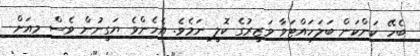
ބެހޭ ކަންކަން ބަލަހައްޓަވާ ވަޒީރުގެ ކޮލީ ނަމެވެ. އެހެންވެ ޔަގީނުން ވެސް މިއަށް